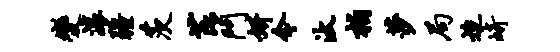
变滚疆茨芘斗妍今汰柏莎局迨崎